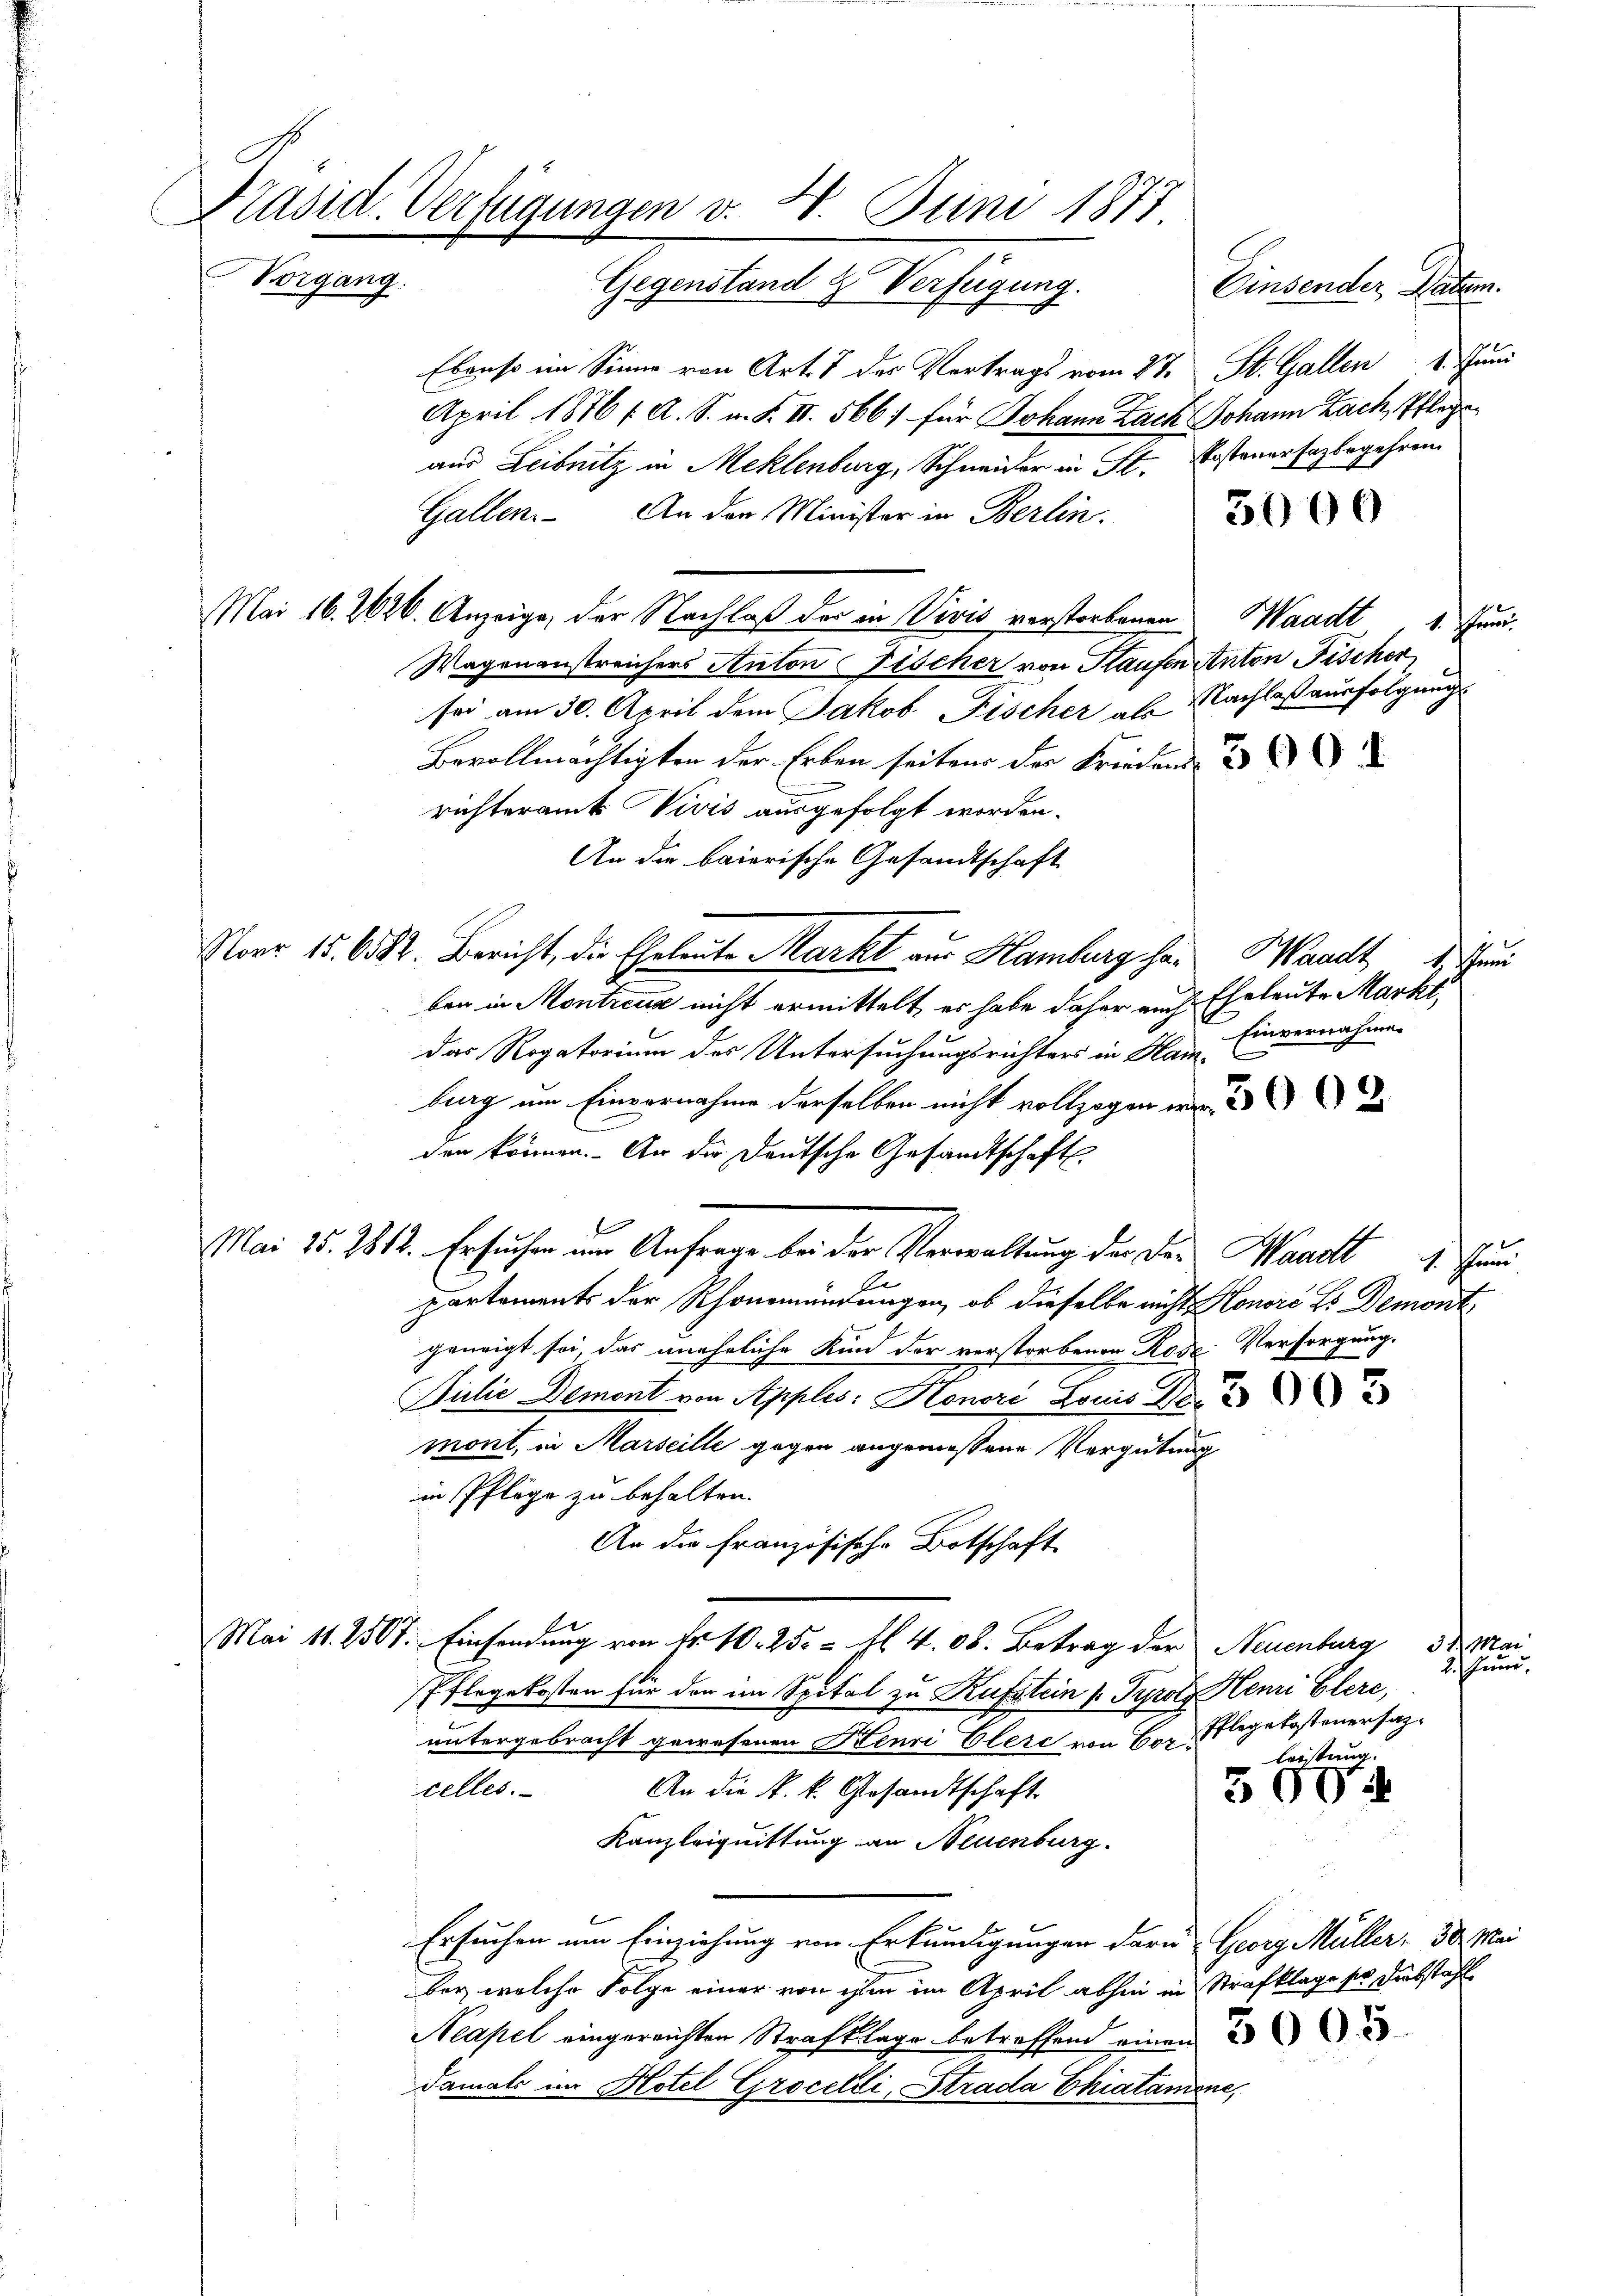
Ebenso im Sinne von Art. 7 der Vertrags vom 27. St. Gallen 1. Juni
April 1876, A. S. n. F. II. 566) für Johann Lach Johann Bach, Pflege
aus Leibnitz in Meklenburg, Schneider in St. Kostenersagbegehren.
Gallen. An der Minister in Berlin.
Mai 16. 2626. Anzeige, der Nachlaß der in Vivis verstorbenen Waadt, 1. Jun.
Wagenanstreichers Anton Fischer von Haufen Anton Fischer
sei am 30. April dem Jakob Fischer als Nachlaß ausfolgung
Bevollmächtigten der Erben seiten der Freiden u
richteramt Vivis ausgefolgt worden.
An die baierische Gesandtschaft
Narr 15. 6582. Bericht, die Eheleute Markt aus Hamburg her Waadt 1. Juni
ben in Montreux nicht ermittelt, es habe daher auch Eheleute Marko
Einvernahme.
das Rogatorium des Untersuchungsrichters in Hamburg um Einvernahme derselben nicht vollzogen wir a
den können. An die Deutsche Gesandtschafts
Mai 15. 2812. Ersuchen um Anfrage bei der Verwaltung der der Waadt und
partements der Rhonmündungen, ob dieselbe nicht Honori es Demont,
geneigt sei, das uneheliche Kind der verstorbenen Rose Versorgung.
x
Pilie Demont von Apples: Henri Louis Dr. 22
mont, in Marseille gegen angemessene Vergütung
in Pflege zu behalten.
An die Französische Botschaft
1
E
Mai 11. 2507. Einsendung von Fr. 10. 25. fl. 408. Betrag der Neuenburg d. Mai
2. Juni.
Pflegekosten für den im Spital zu Kufstein Tyrol. Henri Elere,
untergebracht gewesenen Henri Clere von Hr. Pflegetasteuersazleistung.
celles.
An die k. k. Gesandtschaft.
300
Kanzleiguittung an Neuenburg.
Ersuchen um Einziehung von Erkundigungen daru Georg Müller, 30. Mai
ber, welche Folge einer von ihm im April abhin in Strafklage so Diebstahl
Neapel eingereichten Strafklage betreffend einen au
damals im Hotel Groceldi, Strada Chratamone,

Präsid. Verfügungen v. 20. Juni 1877
Vorgang.
Gegenstand & Verfügung. Einsender Natum.

5000